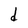
Character: d